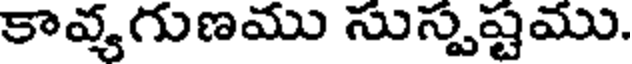
కావ్యగుణము సుస్పష్టము.